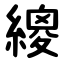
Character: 繌